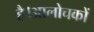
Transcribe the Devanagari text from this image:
है।आलोचकों